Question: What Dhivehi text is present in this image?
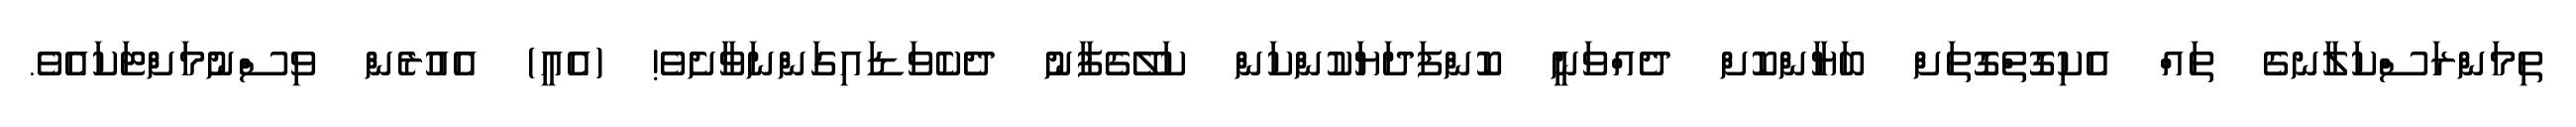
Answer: ތިމަންރަސްކަލާނގެ ތައް އެކިގޮތްގޮތަށް ބަޔާންކޮށް ދެއްވަނީ ކޮންފަދަޔަކުންކަން ކަލޭގެފާނު ދެކެވަޑައިގަންނަވާށެވެ! (އެއީ) އެއުރެން ވިސްނުމަށްޓަކައެވެ.